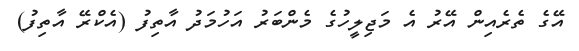
އޭގެ ތެރެއިން އޭރު އެ މަޖިލީހުގެ މެންބަރު އަހުމަދު އާތިފު (އެކްރޭ އާތިފު)